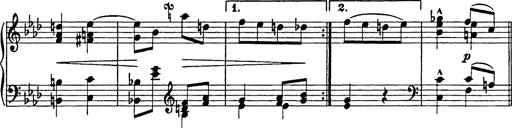
Title: 8 Variations
Composer: Franz Liszt
Key: A-flat major